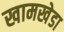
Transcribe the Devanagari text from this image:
खामखेडा